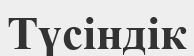
Түсіндік